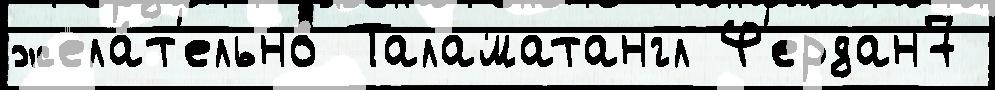
жела́т'ельно Таламатангл Ф'ердан7